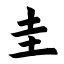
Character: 圭